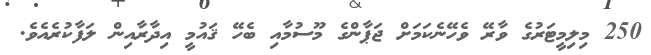
250 މިލިމީޓަރުގެ ވާރޭ ވެހޭނެކަމަށް ޖަޕާންގެ މޫސުމާއި ބެހޭ ޤައުމީ އިދާރާއިން ލަފާކުރެއެވެ.